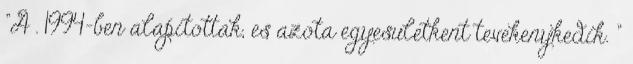
"A . 1994-ben alapitottak, es azota egyesuletkent tevekenykedik. "